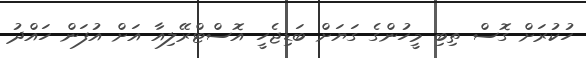
ހުކުރަށް ގޮސް ތިބި މީހުންގެ ގަޔަށް ބަޑިޖެހީ އޮސްޓްރޭލިއާ އަށް އުފަން ހައްދު